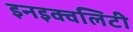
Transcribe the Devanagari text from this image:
इनइक्वलिटी